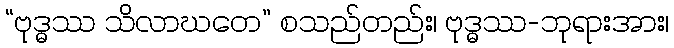
“ဗုဒ္ဓဿ သိလာဃတေ” စသည်တည်း၊ ဗုဒ္ဓဿ-ဘုရားအား၊